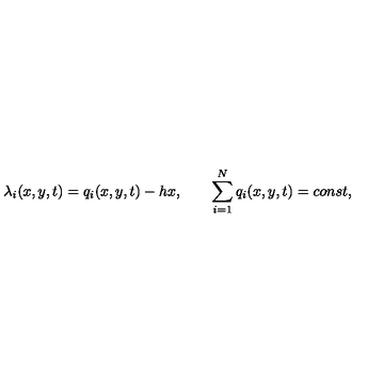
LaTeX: \lambda _ { i } ( x , y , t ) = q _ { i } ( x , y , t ) - h x , \qquad \sum _ { i = 1 } ^ { N } q _ { i } ( x , y , t ) = c o n s t ,